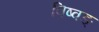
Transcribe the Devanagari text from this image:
विष्वङ्